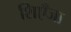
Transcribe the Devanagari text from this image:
शिएँजा